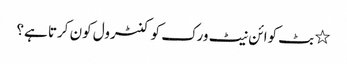
٭ بٹ کوائن نیٹ ورک کو کنٹرول کون کرتا ہے؟